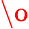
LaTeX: \mathrm{\o}